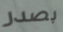
بصدر